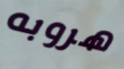
هروبه